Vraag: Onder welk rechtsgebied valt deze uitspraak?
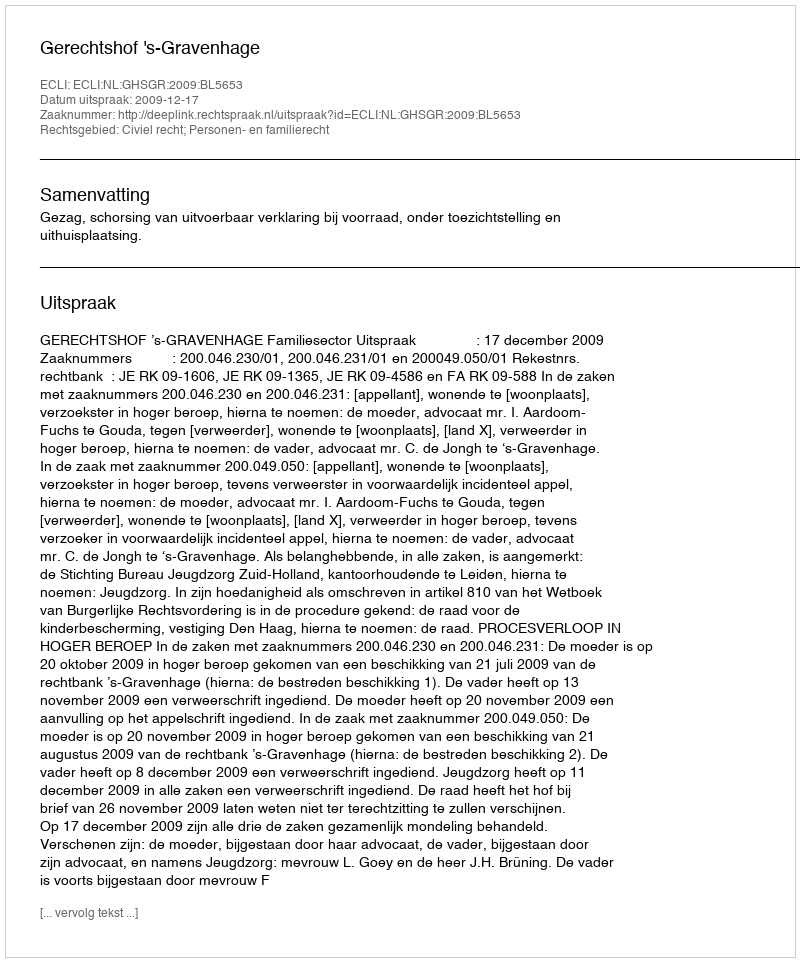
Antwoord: Civiel recht; Personen- en familierecht